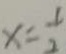
x = \frac { 1 } { 2 }